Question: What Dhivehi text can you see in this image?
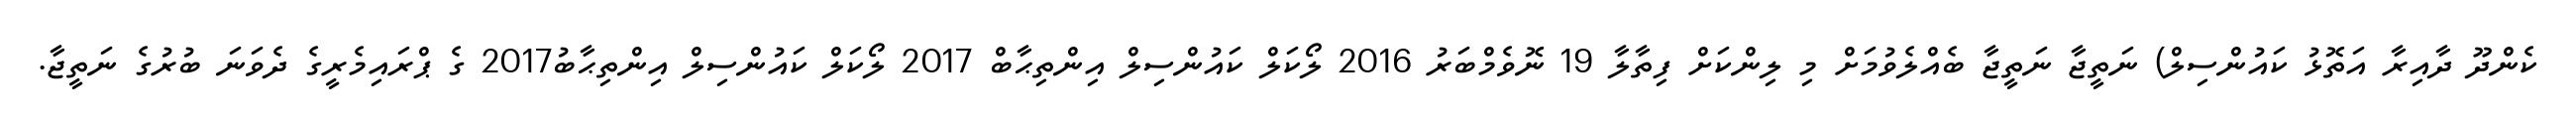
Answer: ކެންދޫ ދާއިރާ އަތޮޅު ކައުންސިލް) ނަތީޖާ ނަތީޖާ ބެއްލެވުމަށް މި ލިންކަށް ފިތާލާ 19 ނޮވެމްބަރު 2016 ލޯކަލް ކައުންސިލް އިންތިޙާބް 2017 ލޯކަލް ކައުންސިލް އިންތިޙާބު2017 ގެ ޕްރައިމެރީގެ ދެވަނަ ބުރުގެ ނަތީޖާ.